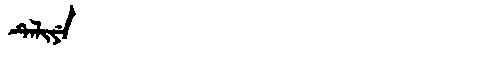
Manchu: ᡨᡝᠯᡳᠶᡝ
Romanization: TELIYE